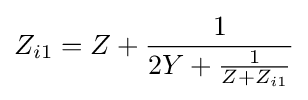
Z_{i1}=Z+{\frac {1}{2Y+{\frac {1}{Z+Z_{i1}}}}}